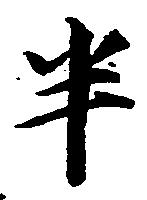
半